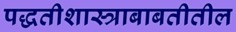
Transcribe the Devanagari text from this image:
पद्धतीशास्त्राबाबतीतील